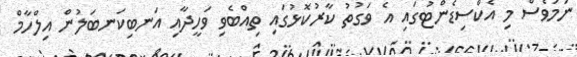
ނަމަވެސް މި އެކްސިޑެންޓުގައި އެ ވަގުތު ކާރުކޮޅުގައި ތިއްބެވި ވަހީދާއި އަނބިކަނބަލުން އިލްހާމް